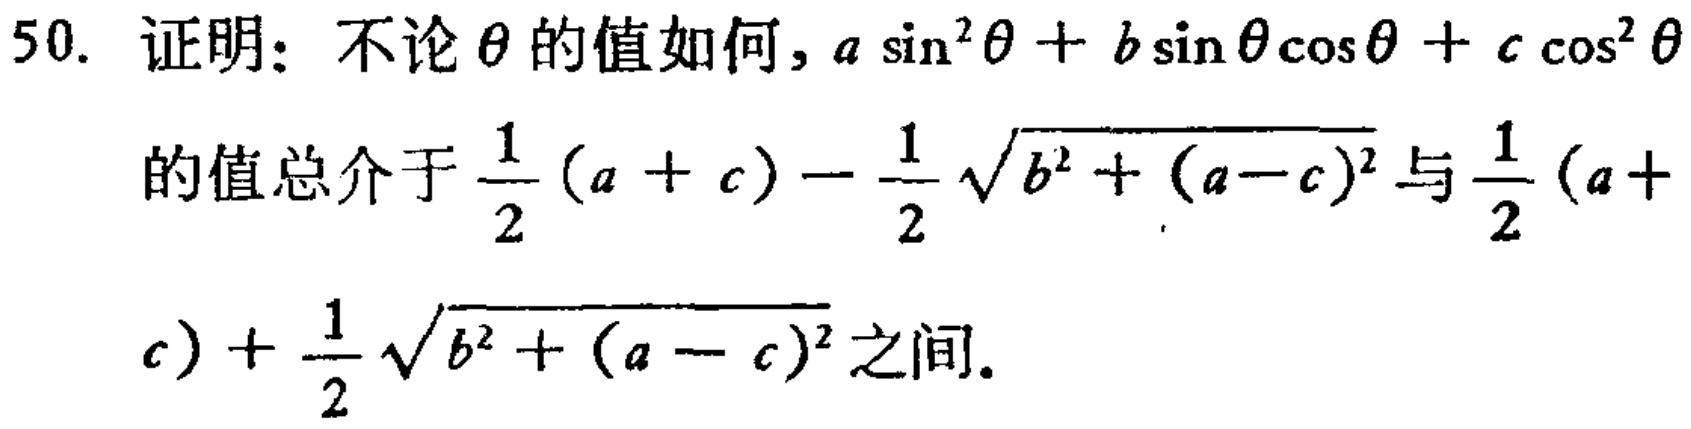
50. 证明：不论\(\theta\)的值如何，\(a\sin^{2}\theta + b\sin\theta\cos\theta + c\cos^{2}\theta\)的值总介于\(\frac{1}{2}(a + c)-\frac{1}{2}\sqrt{b^{2}+(a - c)^{2}}\)与\(\frac{1}{2}(a + c)+\frac{1}{2}\sqrt{b^{2}+(a - c)^{2}}\)之间。